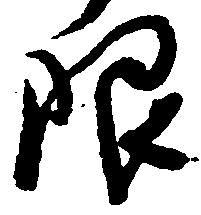
限